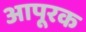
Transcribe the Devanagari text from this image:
आपूरक